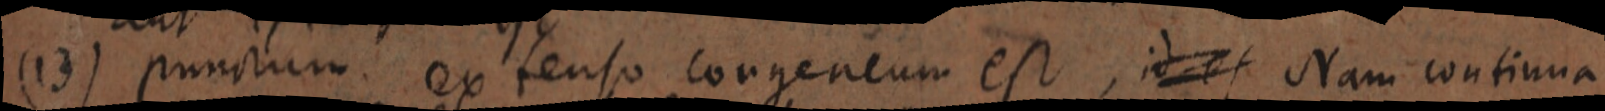
(13) punctum extenso congeneum est, id es Nam continua